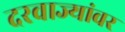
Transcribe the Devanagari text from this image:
दरवाज्यांवर